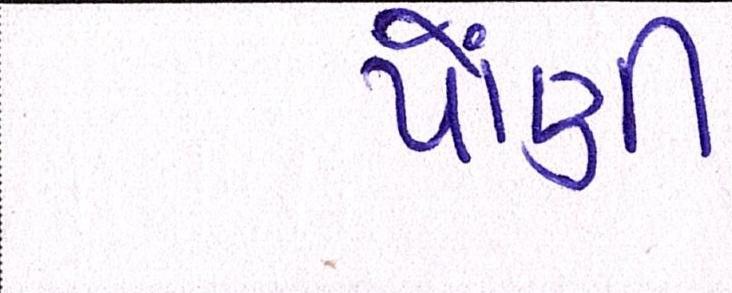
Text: પોંણી